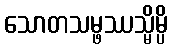
သောတသမ္ဖဿသ္မိမ္ပိ